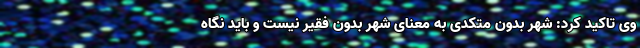
وی تاکید کرد: شهر بدون متکدی به معنای شهر بدون فقیر نیست و باید نگاه